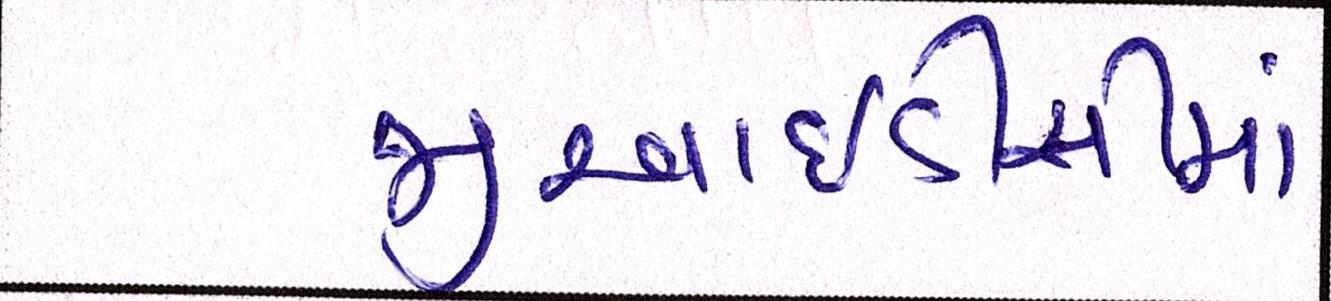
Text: જીઆઇડીસીમાં